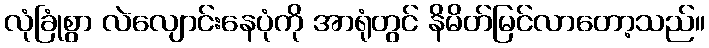
လုံခြုံစွာ လဲလျောင်းနေပုံကို အာရုံတွင် နိမိတ်မြင်လာတော့သည်။